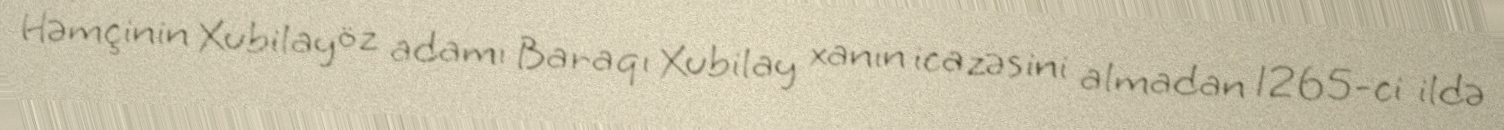
Həmçinin Xubilay öz adamı Baraqı Xubilay xanın icazəsini almadan 1265-ci ildə